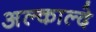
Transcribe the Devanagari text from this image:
अल्काल्दे